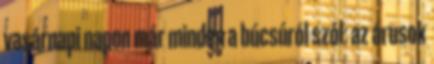
vasárnapi napon már minden a búcsúról szól: az árusok